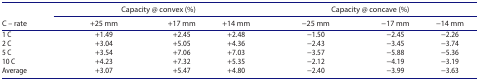
<table><thead><tr><td rowspan="2"><b>C – rate</b></td><td colspan="3"><b>Capacity @ convex (%)</b></td><td colspan="3"><b>Capacity @ concave (%)</b></td></tr><tr><td><b>+25 mm</b></td><td><b>+17 mm</b></td><td><b>+14 mm</b></td><td><b>−25 mm</b></td><td><b>−17 mm</b></td><td><b>−14 mm</b></td></tr></thead><tbody><tr><td>1 C</td><td>+1.49</td><td>+2.45</td><td>+2.48</td><td>−1.50</td><td>−2.45</td><td>−2.26</td></tr><tr><td>2 C</td><td>+3.04</td><td>+5.05</td><td>+4.36</td><td>−2.43</td><td>−3.45</td><td>−3.74</td></tr><tr><td>5 C</td><td>+3.54</td><td>+7.06</td><td>+7.03</td><td>−3.57</td><td>−5.88</td><td>−5.36</td></tr><tr><td>10 C</td><td>+4.23 </td><td>+7.32</td><td>+5.35</td><td>−2.12</td><td>−4.19</td><td>−3.19</td></tr><tr><td>Average</td><td>+3.07</td><td>+5.47</td><td>+4.80</td><td>−2.40</td><td>−3.99</td><td>−3.63</td></tr></tbody></table>